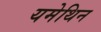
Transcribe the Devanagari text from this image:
यमेथिन